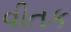
વીતક